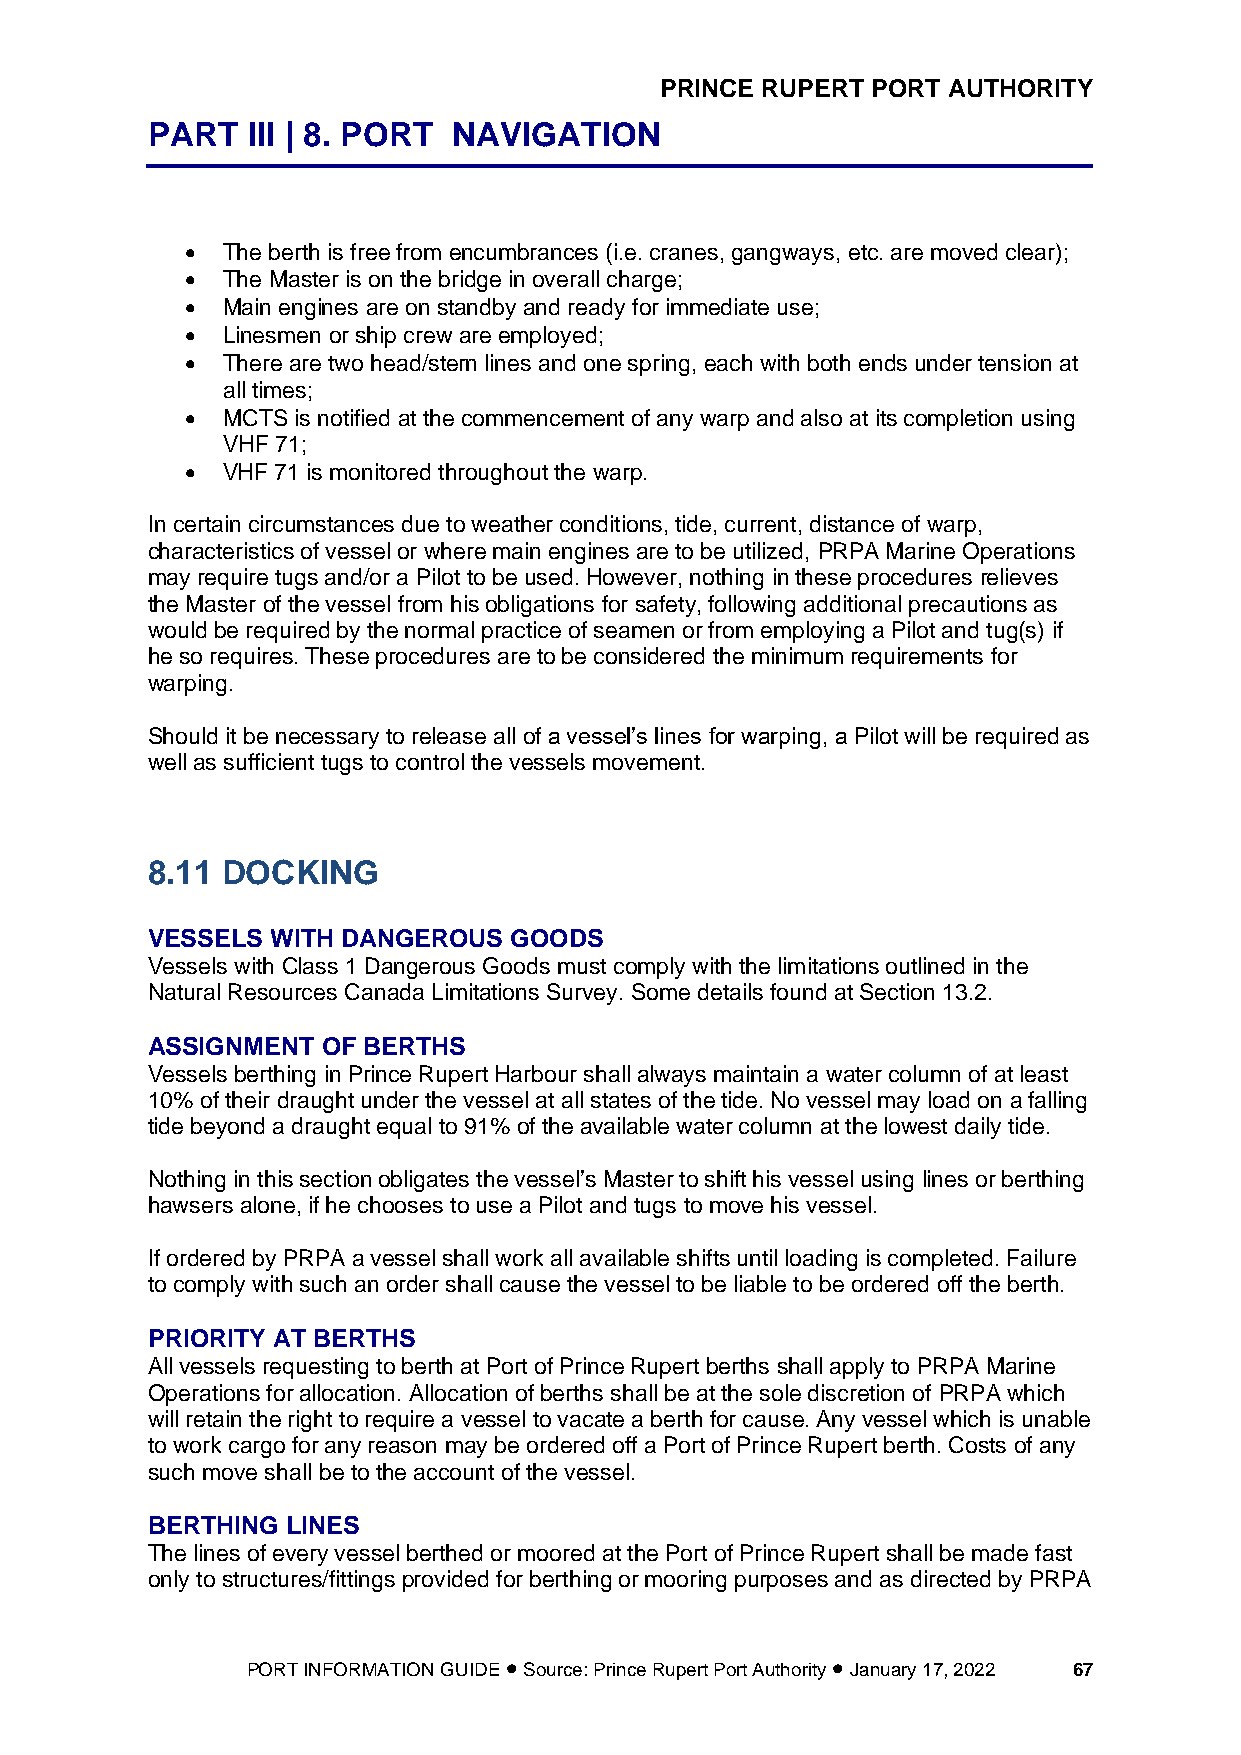
PRINCE RUPERT PORT AUTHORITY
 PART  III | 8. PORT NAVIGATION
 •  The berth is free from encumbrances (i.e. cranes, gangways, etc. are moved clear);
 •  The Master is on the bridge in overall charge;
 •  Main engines are on standby and ready for immediate use;
 •  Linesmen or ship crew are employed;
 •  There are two head/stern lines and one spring, each with both ends under tension at
 all times;
 •  MCTS is notified at the commencement of any warp and also at its completion using
 VHF 71;
 •  VHF 71 is monitored throughout the warp.
 In certain circumstances due to weather conditions, tide, current, distance of warp,
 characteristics of vessel or where main engines are to be utilized, PRPA Marine Operations
 may require tugs and/or a Pilot to be used. However, nothing in these procedures relieves
 the Master of the vessel from his obligations for safety, following additional precautions as
 would be required by the normal practice of seamen or from employing a Pilot and tug(s) if
 he so requires. These procedures are to be considered the minimum requirements for
 warping.
 Should it be necessary to release all of a vessel’s lines for warping, a Pilot will be required as
 well as sufficient tugs to control the vessels movement.
 8.11 DOCKING
 VESSELS WITH DANGEROUS  GOODS
 Vessels with Class 1 Dangerous Goods must comply with the limitations outlined in the
 Natural Resources Canada Limitations Survey. Some details found at Section 13.2.
 ASSIGNMENT OF BERTHS
 Vessels berthing in Prince Rupert Harbour shall always maintain a water column of at least
 10% of their draught under the vessel at all states of the tide. No vessel may load on a falling
 tide beyond a draught equal to 91% of the available water column at the lowest daily tide.
 Nothing in this section obligates the vessel’s Master to shift his vessel using lines or berthing
 hawsers alone, if he chooses to use a Pilot and tugs to move his vessel.
 If ordered by PRPA a vessel shall work all available shifts until loading is completed. Failure
 to comply with such an order shall cause the vessel to be liable to be ordered off the berth.
 PRIORITY AT BERTHS
 All vessels requesting to berth at Port of Prince Rupert berths shall apply to PRPA Marine
 Operations for allocation. Allocation of berths shall be at the sole discretion of PRPA which
 will retain the right to require a vessel to vacate a berth for cause. Any vessel which is unable
 to work cargo for any reason may be ordered off a Port of Prince Rupert berth. Costs of any
 such move shall be to the account of the vessel.
 BERTHING LINES
 The lines of every vessel berthed or moored at the Port of Prince Rupert shall be made fast
 only to structures/fittings provided for berthing or mooring purposes and as directed by PRPA
 PORT INFORMATION GUIDE • Source: Prince Rupert Port Authority • January 17, 2022 67